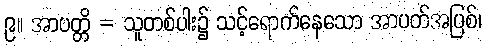
၉။ အာပတ္တိ = သူတစ်ပါး၌ သင့်ရောက်နေသော အာပတ်အပြစ်၊